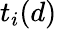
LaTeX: t_{i}(d)